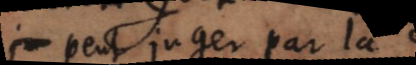
peut juger par là